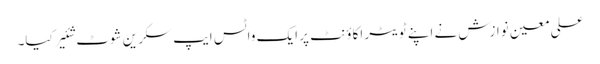
علی معین نوازش نے اپنے ٹویٹر اکاؤنٹ پر ایک واٹس ایپ سکرین شوٹ شئیر کیا۔